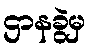
ဌာနခွဲမှ